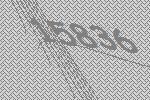
15836